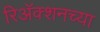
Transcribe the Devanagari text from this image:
रिअॅक्शनच्या